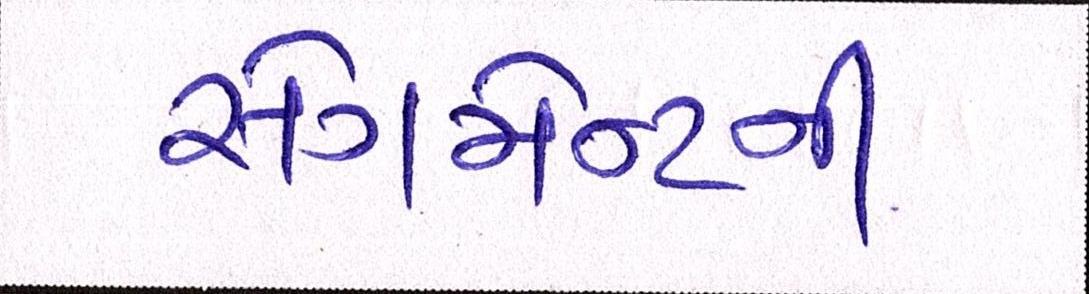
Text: સેગમેન્ટની